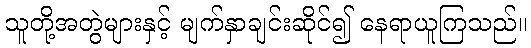
သူတို့အတွဲများနှင့် မျက်နှာချင်းဆိုင်၍ နေရာယူကြသည်။